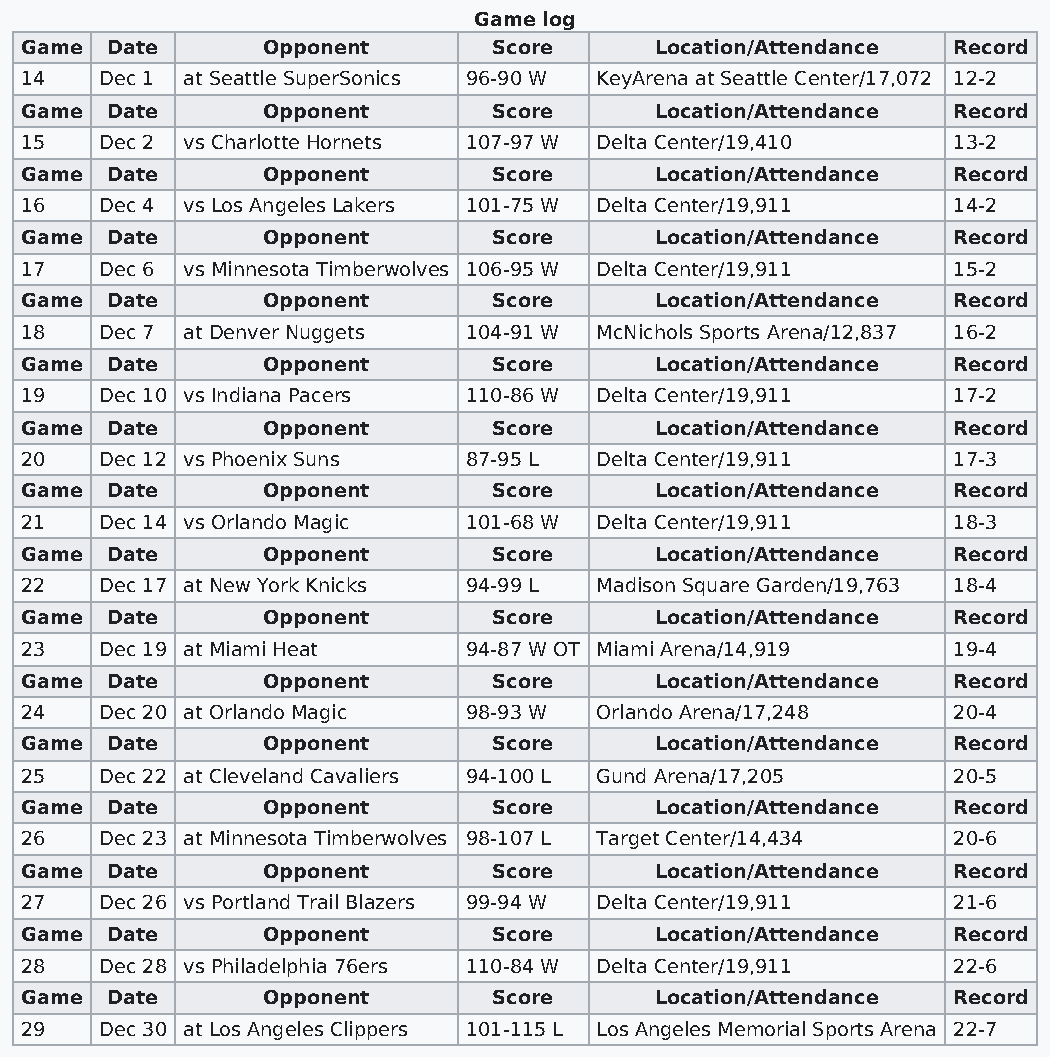
Game log
 Game  Date      Opponent        Score     Location/Attendance Record
 14    Dec 1 at Seattle SuperSonics 96-90 W KeyArena at Seattle Center/17,072 12-2
 Game  Date      Opponent        Score     Location/Attendance Record
 15    Dec 2 vs Charlotte Hornets 107-97 W Delta Center/19,410 13-2
 Game  Date      Opponent        Score     Location/Attendance Record
 16    Dec 4 vs Los Angeles Lakers 101-75 W Delta Center/19,911 14-2
 Game  Date      Opponent        Score     Location/Attendance Record
 17    Dec 6 vs Minnesota Timberwolves 106-95 W Delta Center/19,911 15-2
 Game  Date      Opponent        Score     Location/Attendance Record
 18    Dec 7 at Denver Nuggets 104-91 W McNichols Sports Arena/12,837 16-2
 Game  Date      Opponent        Score     Location/Attendance Record
 19    Dec 10 vs Indiana Pacers 110-86 W Delta Center/19,911   17-2
 Game  Date      Opponent        Score     Location/Attendance Record
 20    Dec 12 vs Phoenix Suns  87-95 L Delta Center/19,911     17-3
 Game  Date      Opponent        Score     Location/Attendance Record
 21    Dec 14 vs Orlando Magic 101-68 W Delta Center/19,911    18-3
 Game  Date      Opponent        Score     Location/Attendance Record
 22    Dec 17 at New York Knicks 94-99 L Madison Square Garden/19,763 18-4
 Game  Date      Opponent        Score     Location/Attendance Record
 23    Dec 19 at Miami Heat    94-87 W OT Miami Arena/14,919   19-4
 Game  Date      Opponent        Score     Location/Attendance Record
 24    Dec 20 at Orlando Magic 98-93 W Orlando Arena/17,248    20-4
 Game  Date      Opponent        Score     Location/Attendance Record
 25    Dec 22 at Cleveland Cavaliers 94-100 L Gund Arena/17,205 20-5
 Game  Date      Opponent        Score     Location/Attendance Record
 26    Dec 23 at Minnesota Timberwolves 98-107 L Target Center/14,434 20-6
 Game  Date      Opponent        Score     Location/Attendance Record
 27    Dec 26 vs Portland Trail Blazers 99-94 W Delta Center/19,911 21-6
 Game  Date      Opponent        Score     Location/Attendance Record
 28    Dec 28 vs Philadelphia 76ers 110-84 W Delta Center/19,911 22-6
 Game  Date      Opponent        Score     Location/Attendance Record
 29    Dec 30 at Los Angeles Clippers 101-115 L Los Angeles Memorial Sports Arena 22-7